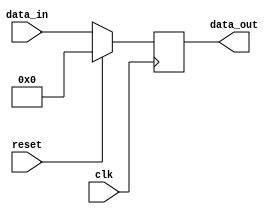
module synchronous_reset_example (
    input wire clk,          // Clock signal
    input wire reset,        // Synchronous reset signal
    input wire [7:0] data_in, // Example data input
    output reg [7:0] data_out // Example data output
);

    // Initial state declaration (optional, for simulation purposes)
    initial begin
        data_out = 8'b0; // Reset output to zero
    end

    // Always block triggered on the rising edge of the clock
    always @(posedge clk) begin
        if (reset) begin
            // Synchronous reset: set output to reset value
            data_out <= 8'b0; // Reset output to zero
        end else begin
            // Normal operation: update output based on input
            data_out <= data_in; // Example operation: pass input to output
        end
    end

endmodule